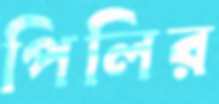
পিলির